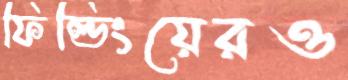
ফিল্ডিংয়েরও